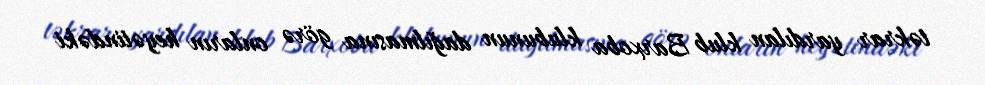
təkrar yardılan klub Barxoba klubunun dağılmasına görə onların heyətindəki